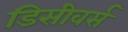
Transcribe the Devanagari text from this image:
डिसीवर्स